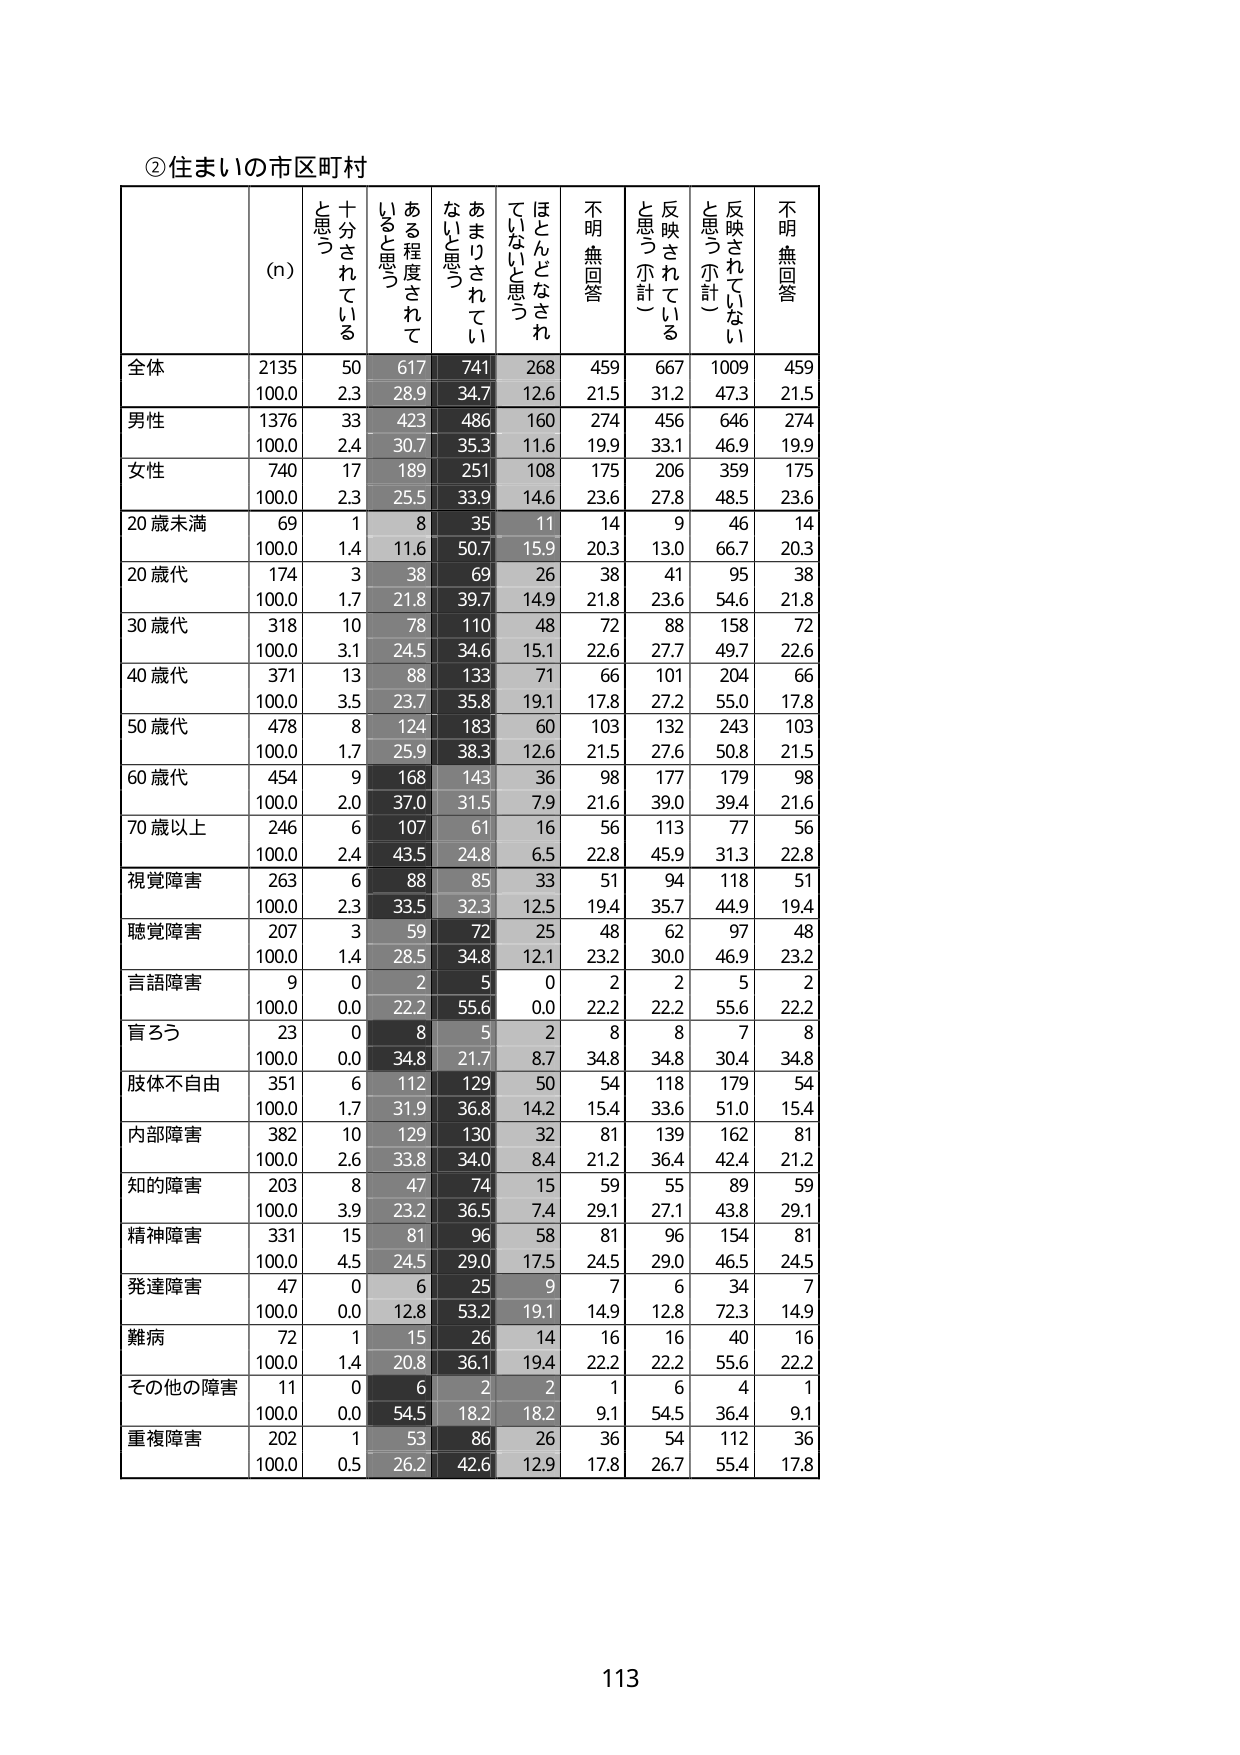
②住まいの市区町村

(n)  十分されていると思う  ある程度されていると思う  あまりされていないと思う  ほとんどなされていないと思う  不明無回答  反映されていると思う（小計）  反映されていないと思う（小計）  不明無回答

全体  2135  50  617  741  268  459  667  1009  459
      100.0  2.3  28.9  34.7  12.6  21.5  31.2  47.3  21.5

男性  1376  33  423  486  160  274  456  646  274
      100.0  2.4  30.7  35.3  11.6  19.9  33.1  46.9  19.9

女性  740  17  189  251  108  175  206  359  175
      100.0  2.3  25.5  33.9  14.6  23.6  27.8  48.5  23.6

20歳未満  69  1  8  35  11  14  9  46  14
          100.0  1.4  11.6  50.7  15.9  20.3  13.0  66.7  20.3

20歳代  174  3  38  69  26  38  41  95  38
        100.0  1.7  21.8  39.7  14.9  21.8  23.6  54.6  21.8

30歳代  318  10  78  110  48  72  88  158  72
        100.0  3.1  24.5  34.6  15.1  22.6  27.7  49.7  22.6

40歳代  371  13  88  133  71  66  101  204  66
        100.0  3.5  23.7  35.8  19.1  17.8  27.2  55.0  17.8

50歳代  478  8  124  183  60  103  132  243  103
        100.0  1.7  25.9  38.3  12.6  21.5  27.6  50.8  21.5

60歳代  454  9  168  143  36  98  177  179  98
        100.0  2.0  37.0  31.5  7.9  21.6  39.0  39.4  21.6

70歳以上  246  6  107  61  16  56  113  77  56
          100.0  2.4  43.5  24.8  6.5  22.8  45.9  31.3  22.8

視覚障害  263  6  88  85  33  51  94  118  51
          100.0  2.3  33.5  32.3  12.5  19.4  35.7  44.9  19.4

聴覚障害  207  3  59  72  25  48  62  97  48
          100.0  1.4  28.5  34.8  12.1  23.2  30.0  46.9  23.2

言語障害  9  0  2  5  0  2  2  5  2
          100.0  0.0  22.2  55.6  0.0  22.2  22.2  55.6  22.2

盲ろう  23  0  8  5  2  8  8  7  8
        100.0  0.0  34.8  21.7  8.7  34.8  34.8  30.4  34.8

肢体不自由  351  6  112  129  50  54  118  179  54
            100.0  1.7  31.9  36.8  14.2  15.4  33.6  51.0  15.4

内部障害  382  10  129  130  32  81  139  162  81
          100.0  2.6  33.8  34.0  8.4  21.2  36.4  42.4  21.2

知的障害  203  8  47  74  15  59  55  89  59
          100.0  3.9  23.2  36.5  7.4  29.1  27.1  43.8  29.1

精神障害  331  15  81  96  58  81  96  154  81
          100.0  4.5  24.5  29.0  17.5  24.5  29.0  46.5  24.5

発達障害  47  0  6  25  9  7  6  34  7
          100.0  0.0  12.8  53.2  19.1  14.9  12.8  72.3  14.9

難病  72  1  15  26  14  16  16  40  16
      100.0  1.4  20.8  36.1  19.4  22.2  22.2  55.6  22.2

その他の障害  11  0  6  2  2  1  6  4  1
              100.0  0.0  54.5  18.2  18.2  9.1  54.5  36.4  9.1

重複障害  202  1  53  86  26  36  54  112  36
          100.0  0.5  26.2  42.6  12.9  17.8  26.7  55.4  17.8

113